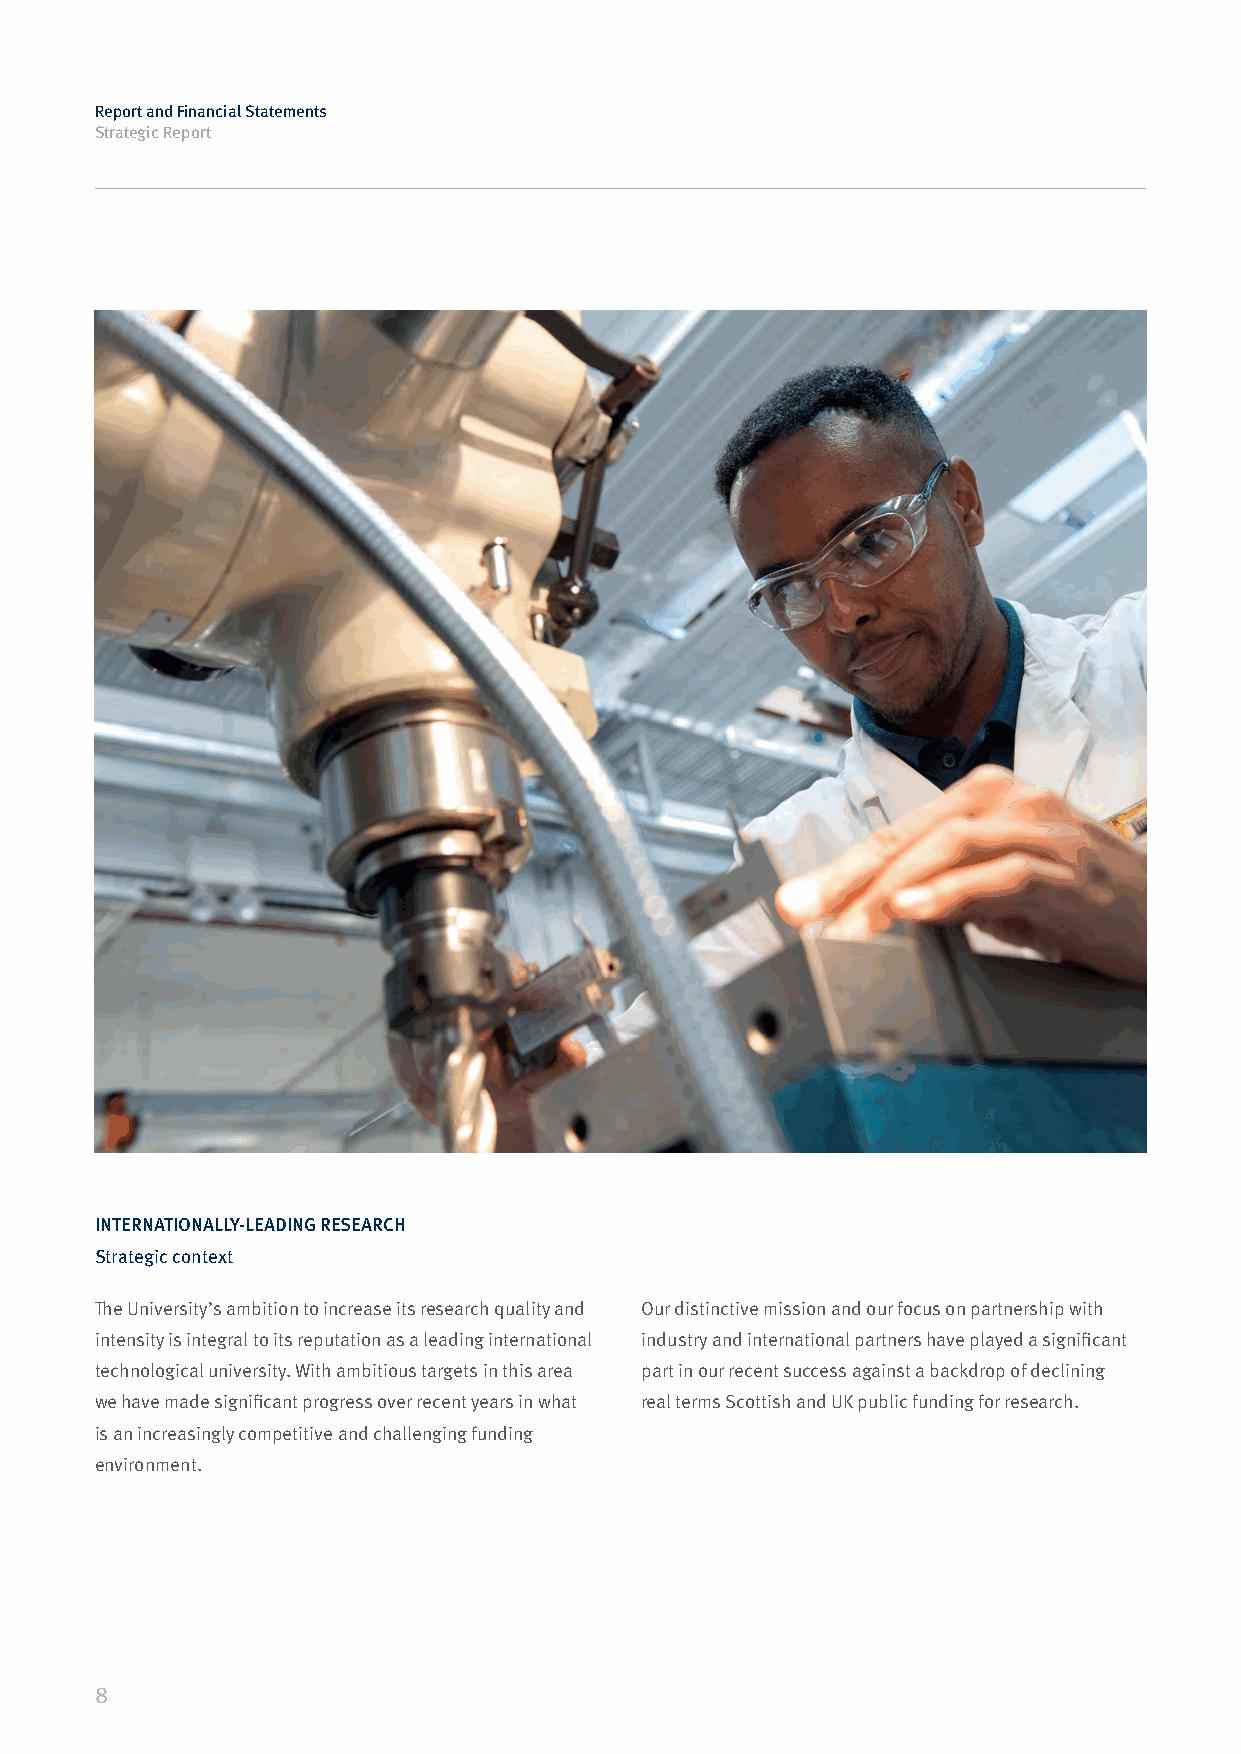
Report and Financial Statements
 Strategic Report
 INTERNATIONALLY-LEADING RESEARCH
 Strategic context
 The University’s ambition to increase its research quality and Our distinctive mission and our focus on partnership with
 intensity is integral to its reputation as a leading international industry and international partners have played a significant
 technological university. With ambitious targets in this area part in our recent success against a backdrop of declining
 we have made significant progress over recent years in what real terms Scottish and UK public funding for research.
 is an increasingly competitive and challenging funding
 environment.
 8